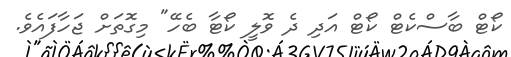
ކޯޓް ބާސްކެޓް ކޯޓް އަދި ދެ ވޮލީ ކޯޓާ ބެހޭ" މިގޮތަށް ޖަހާފައެވެ.